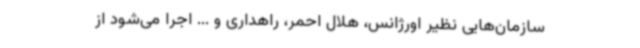
سازمان‌هایی نظیر اورژانس، هلال احمر، راهداری و ... اجرا می‌شود از